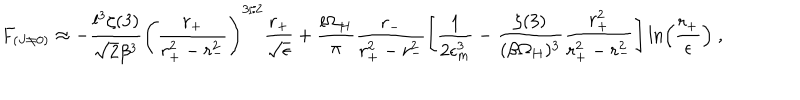
F _ { ( J \neq 0 ) } \approx - \frac { l ^ { 3 } \zeta ( 3 ) } { \sqrt { 2 } \beta ^ { 3 } } \left( \frac { r _ { + } } { r _ { + } ^ { 2 } - r _ { - } ^ { 2 } } \right) ^ { 3 / 2 } \frac { r _ { + } } { \sqrt { \epsilon } } + \frac { l \Omega _ { H } } { \pi } \frac { r _ { - } } { r _ { + } ^ { 2 } - r _ { - } ^ { 2 } } \left[ \frac { 1 } { 2 \epsilon _ { m } ^ { 3 } } - \frac { \zeta ( 3 ) } { ( \beta \Omega _ { H } ) ^ { 3 } } \frac { r _ { + } ^ { 2 } } { r _ { + } ^ { 2 } - r _ { - } ^ { 2 } } \right] \ln \left( \frac { r _ { + } } { \epsilon } \right) ~ ,